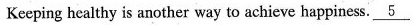
Keeping healthy is another way to achieve happiness.\underline{5}